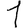
Digit: 1